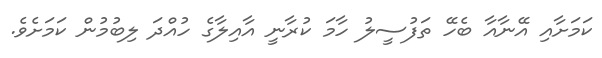
ކަމަށާއި އޭނާއާ ބެހޭ ތަފުސީލު ހާމަ ކުރާނީ އާއިލާގެ ހުއްދަ ލިބުމުން ކަމަށެވެ.